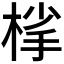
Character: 𪲦